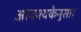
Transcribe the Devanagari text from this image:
आवश्यकेनुसार